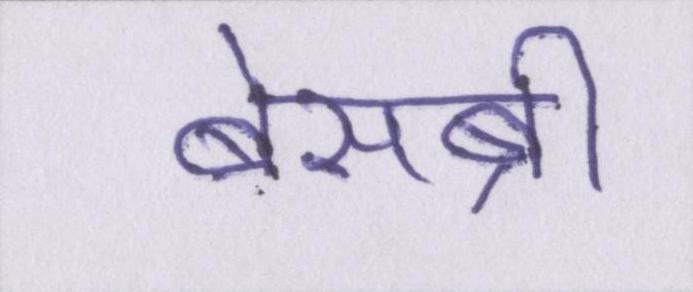
बेसब्री